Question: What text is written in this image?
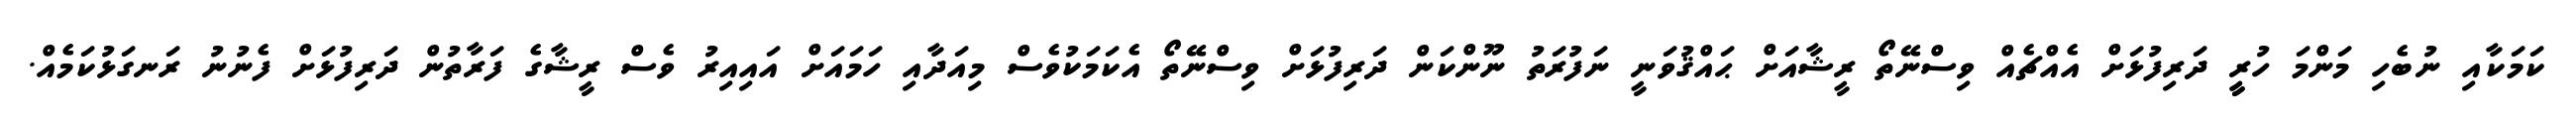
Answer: ކަމަކާއި ނުބެހި މަންމަ ހުރީީ ދަރިފުޅަށް އެއްޗެއް ވިސްނޭތޯ ރީޝާއަށް ޙައްޤުވަނީ ނަފުރަތު ނޫންކަން ދަރިފުޅަށް ވިސްނޭތޯ އެކަމަކުވެސް މިއަދާއި ހަމައަށް އައިއިރު ވެސް ރީޝާގެ ފަރާތުން ދަރިފުޅަށް ފެނުނު ރަނގަޅުކަމެއް.